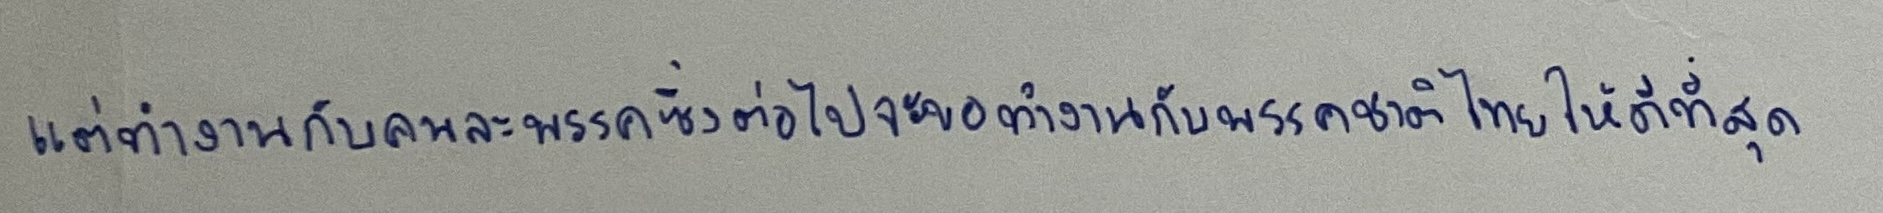
แต่ทำงานกันคนละพรรคซึ่งต่อไปจะขอทำงานกับพรรคชาติไทยให้ดีที่สุด